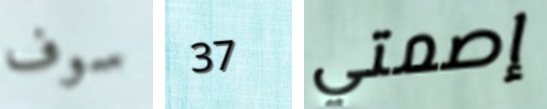
سوف 37 إصمتي